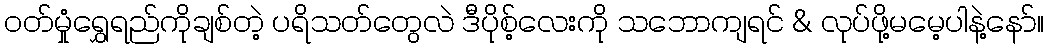
ဝတ်မှုံရွှေရည်ကိုချစ်တဲ့ ပရိသတ်တွေလဲ ဒီပိုစ့်လေးကို သဘောကျရင် & လုပ်ဖို့မမေ့ပါနဲ့နော်။